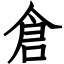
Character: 倉